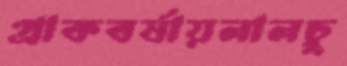
প্রাকবর্ষায়লালচু